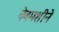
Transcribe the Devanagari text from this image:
वेबमशीने